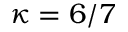
\kappa = 6 / 7